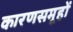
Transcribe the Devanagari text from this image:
कारणसमूहों